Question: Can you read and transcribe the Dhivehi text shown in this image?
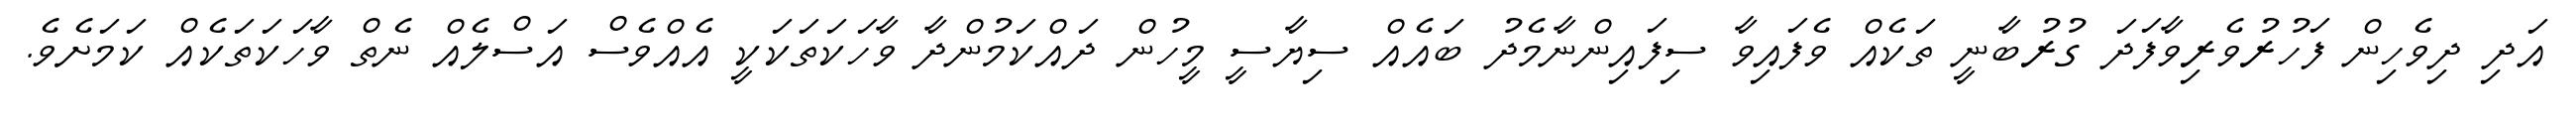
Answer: އަދި ދިވެހިން ފަހުރުވެރިވާފަދަ ގުރުބާނީ ތަކެއް ވެފައިވާ ސިފައިންނާމެދު ބައެއް ސިޔާސީ މީހުން ދައްކަމުންދާ ވާހަކަތަކަކީ އެއްވެސް އަސްލެއް ނެތް ވާހަކަތަކެއް ކަމަށެވެ.